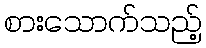
စားသောက်သည့်